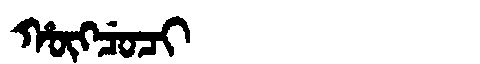
Manchu: ᡥᡡᡴᠴᡠᠴᡳ
Romanization: HŪKCUCI